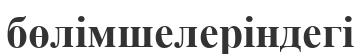
бөлімшелеріндегі